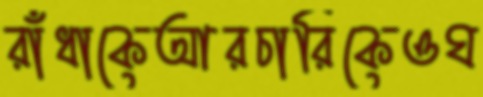
রাঁধাকেআরচারিকেওঘ